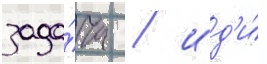
зада́ча / ид'и́ -